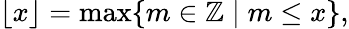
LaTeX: \lfloor x\rfloor=\operatorname*{max}\{ m\in\mathbb{Z}\mid m\leq x\} ,